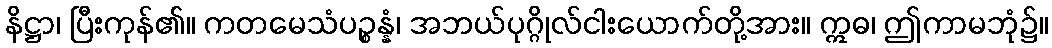
နိဋ္ဌာ၊ ပြီးကုန်၏။ ကတမေသံပဉ္စန္နံ၊ အဘယ်ပုဂ္ဂိုလ်ငါးယောက်တို့အား။ ဣဓ၊ ဤကာမဘုံ၌။